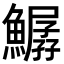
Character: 𩻣